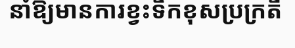
នាំឱ្យមានការខ្វះទឹកខុសប្រក្រតី